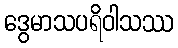
ဒွေမာသပရိဝါသဿ